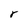
Character: r